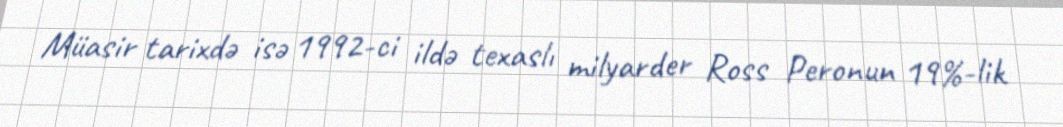
Müasir tarixdə isə 1992-ci ildə texaslı milyarder Ross Peronun 19%-lik